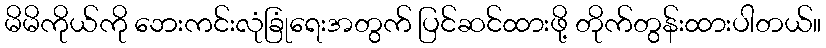
မိမိကိုယ်ကို ဘေးကင်းလုံခြုံရေးအတွက် ပြင်ဆင်ထားဖို့ တိုက်တွန်းထားပါတယ်။